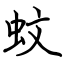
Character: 蚊